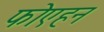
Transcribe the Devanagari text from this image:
फोएहन